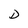
Character: D